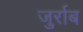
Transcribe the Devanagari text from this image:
जुर्राब